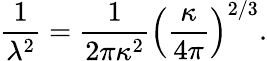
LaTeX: \frac{1}{\lambda^{2}}=\frac{1}{2\pi\kappa^{2}}\left(\frac{\kappa}{4\pi}\right)^{2/3}.